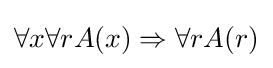
\forall x\forall rA(x)\Rightarrow \forall rA(r)